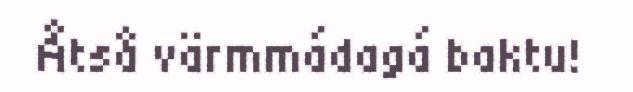
Åtså värmmádagá baktu!